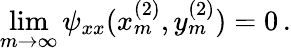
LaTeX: \operatorname*{lim}_{m\rightarrow\infty}\psi_{xx}(x_{m}^{(2)},y_{m}^{(2)})=0\, .